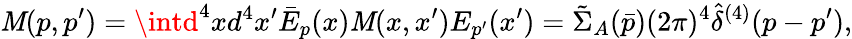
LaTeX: \mathit{M}(p,p^{\prime})=\intd^{4}xd^{4}x^{\prime}\bar{{E}}_{p}(x)\mathit{M}(x,x^{\prime})E_{p^{\prime}}(x^{\prime})=\tilde{{\Sigma}}_{A}(\bar{{p}})(2\pi)^{4}\hat{{\delta}}^{(4)}(p-p^{\prime}),